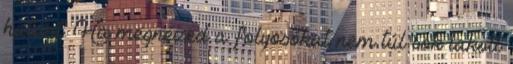
határt. Ha megnézed a folyosókat nem túl sok lakott